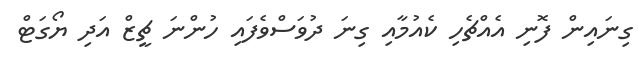
ގިނައިން ފޮނި އެއްޗެހި ކެއުމާއި ގިނަ ދުވަސްވެފައި ހުންނަ ޗީޒް އަދި ޔޯގަޓް